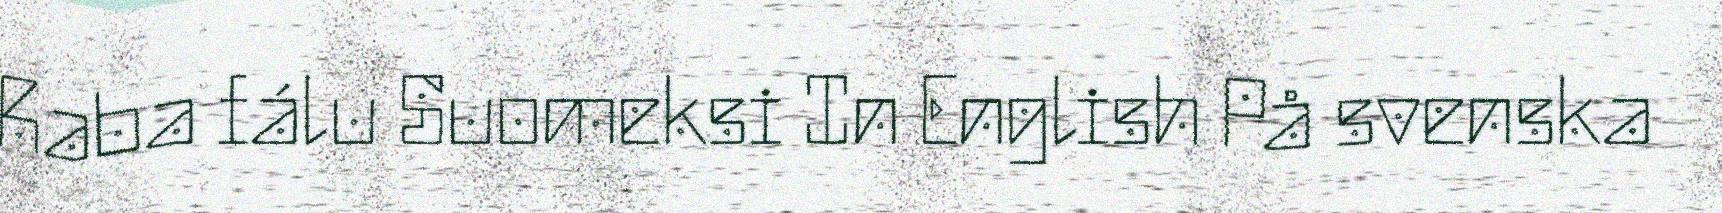
Raba fálu Suomeksi In English På svenska